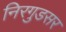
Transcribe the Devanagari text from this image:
निरगुडसर